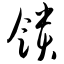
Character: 馈